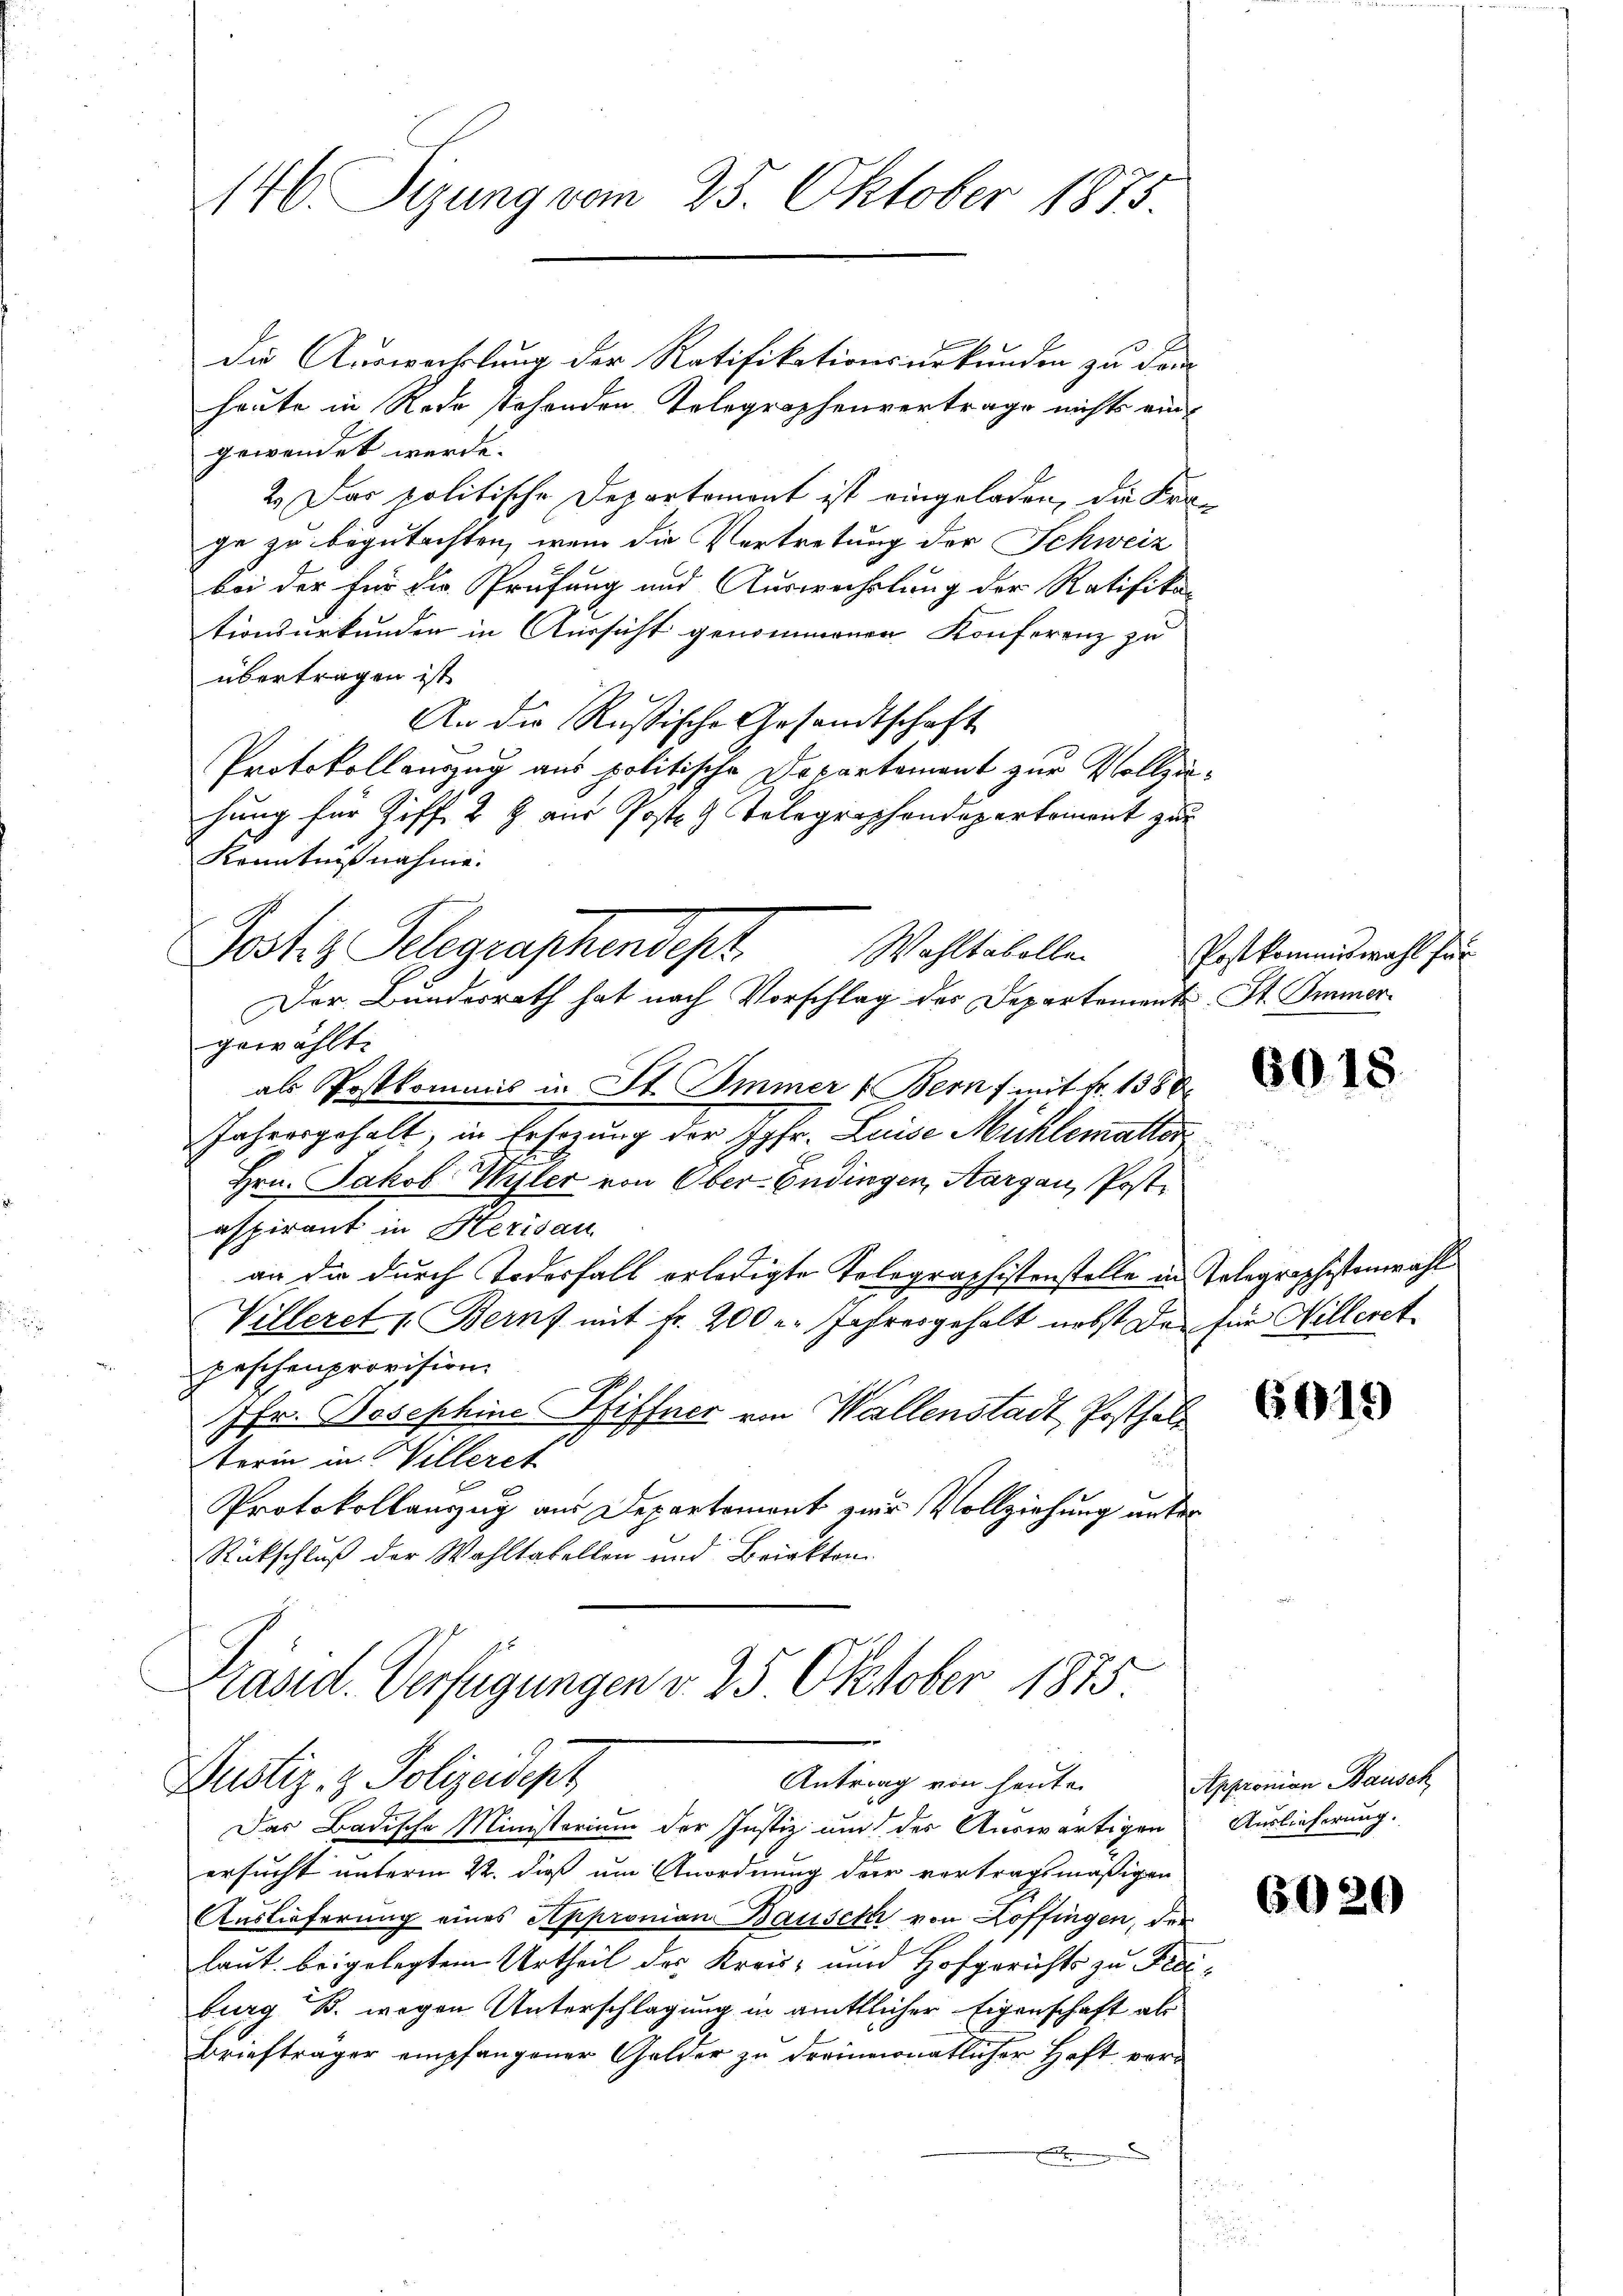
146. Sizung vom 25. Oktober 1873.

die Auswechslung der Ratifikationsurkunden zu dan
heute in Rede stehenden Telegraphenvertrage nichts ein
gewendet werde.
2. Das politische Departemont ist eingeladen, die Kerge zu begutachten, wenn die Vertretung der Schweiz
bei der für die Prüfung und Auswechslung der Ratifika-
tionsurkunder in Aussicht genommenen Konferenz zu
übertragen ist
An die Rußische Gesandtschaft
Protokollanzug aus politische Departement zur Vollzuhung für Ziff. 2 Z. aus Post 3 Telegraphendepartement zur
Der Bundesrath hat nach Vorschlag des Departemente St. Immer
gewählt:
als Postkommis in St. Immer 1 Bern f mit Fr. 1580.
Jahresgehalt, in Ersezung der Jgfr. Luise Mühlematter
Hrn. Jakob Wyhler von Ober-Endingen, Aargau, Postaspirant in Herisau
an die durch Todesfall erledigte Tolographistenstelle in Telegraphistenwahl
Villeret u. Bern mit Fr. 200 l. Jahresgehalt nebst des für Hilleret
peschenprovision.
7fr. Josephine Pfiffner von Wallenstadt, Posthalt
terin in Willeret
Protokollanzug aus Departement zur Vollziehung unter
Rückschluß der Wohltabellen und Briekten.
Präsid. Verfügungen v. 25 Oktober 1875

Kenntnißnahme.
Jost z. Telegraphendes
Wohltabellen

Justiz- & Polizeidigt
Antrag von heute.

Das Badische Ministorium der Justiz und des Auswärtigen
ersucht unterm 22. dieß um Anordnung der vertragsmäßigen
Auslieferung eines Appronian Bausek von Hoffingen, der
laut beigelegtem Urtheil des Kreis- und Hofgerichts zu Fraburg B. wegen Unterschlagung in amtlicher Eigenschaft als
Briefträger empfangener Gelder zu dreimonatlicher Haft vor¬

Postkommiswahl für

2

601

6019

Appromian Bausch
Auslieferung.

6020